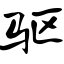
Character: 驱